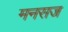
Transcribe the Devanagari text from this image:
मनसज